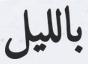
بالليل